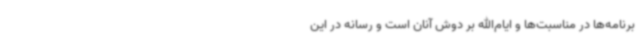
برنامه‌ها در مناسبت‌ها و ایام‌الله بر دوش آنان است و رسانه در این